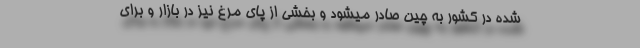
شده در کشور به چین صادر میشود و بخشی از پای مرغ نیز در بازار و برای